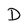
Character: D